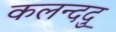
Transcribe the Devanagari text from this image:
कलन्ददु